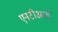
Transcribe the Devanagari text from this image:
एनटीआई